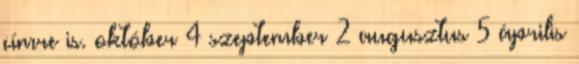
címre is. október 4 szeptember 2 augusztus 5 április